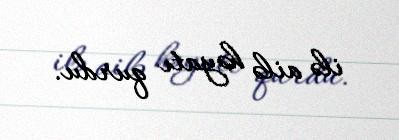
ilə ailə həyatı qurdu.